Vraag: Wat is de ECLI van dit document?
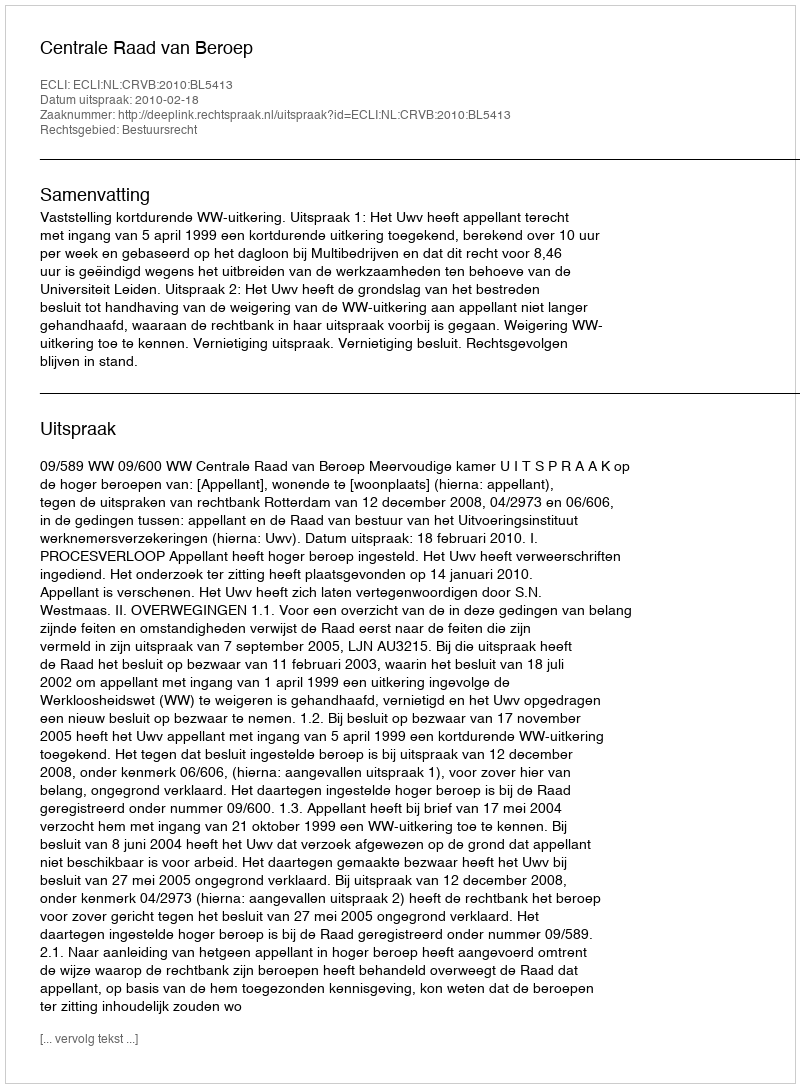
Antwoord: ECLI:NL:CRVB:2010:BL5413